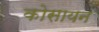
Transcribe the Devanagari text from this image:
कोसायन